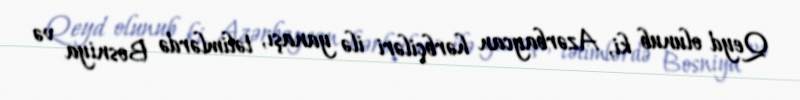
Qeyd olunub ki, Azərbaycan hərbçiləri ilə yanaşı, təlimlərdə Bosniya və